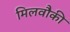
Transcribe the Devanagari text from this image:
मिलवौकी